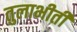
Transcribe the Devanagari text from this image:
तुलाभीती